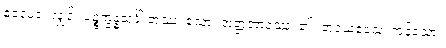
ဧဝမေဝ၊ လျှင်။ ပဉ္စက္ခန္ဓသင်္ခါ တဿ၊ သော။ အတ္တဘာဝဿ၊ ၏။ အဝယဝေသု၊ ကုန်သော။